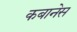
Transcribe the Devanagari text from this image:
कबानेस